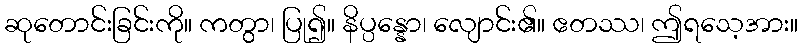
ဆုတောင်းခြင်းကို။ ကတွာ၊ ပြု၍။ နိပ္ပန္နော၊ လျောင်း၏။ ဧတဿ၊ ဤရသေ့အား။